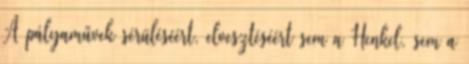
A pályaművek sérüléséért, elvesztéséért sem a Henkel, sem a